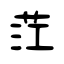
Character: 茳